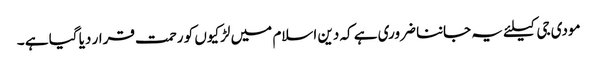
مودی جی کیلئے یہ جاننا ضروری ہے کہ دین اسلام میں لڑکیوں کو رحمت قرار دیا گیا ہے ۔